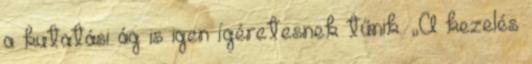
a kutatási ág is igen ígéretesnek tűnik. „A kezelés